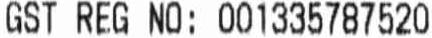
GST REG NO: 001335787520